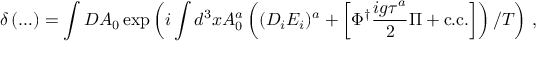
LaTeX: \delta \left( \ldots \right) = \int { \cal D } A _ { 0 } \exp \left( i \int d ^ { 3 } x A _ { 0 } ^ { a } \left( ( D _ { i } E _ { i } ) ^ { a } + \left[ \Phi ^ { \dagger } \frac { i g \tau ^ { a } } { 2 } \Pi + \mathrm { c . c . } \right] \right) / T \right) \, ,